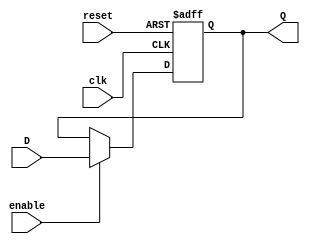
module Gated_D_latch_flip_flop (
    input wire clk,       // Clock signal
    input wire reset,     // Reset signal
    input wire enable,    // Enable signal
    input wire D,         // Data input
    output reg Q          // Output
);

always @(posedge clk or posedge reset)
begin
    if (reset) begin
        Q <= 1'b0;
    end else if (enable) begin
        Q <= D;
    end
end

endmodule